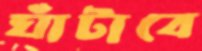
ঘাঁটাবে